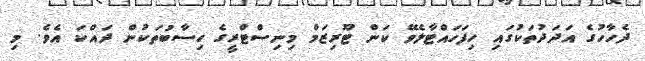
ދެހާހުގެ އަދަދުތަކުގައި ހިފަހައްޓާލެވޭ ކަން ޓޫރިޒަމް މިނިސްޓްރީގެ ހިސާބުތަކުން ދައްކަ އެވެ. މި